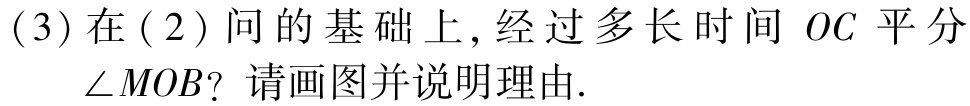
(3)在(2)问的基础上,经过多长时间 \(OC\) 平分\(\angle MOB\)？请画图并说明理由.